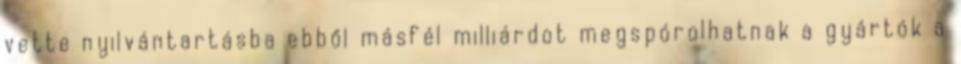
vette nyilvántartásba ebből másfél milliárdot megspórolhatnak a gyártók a